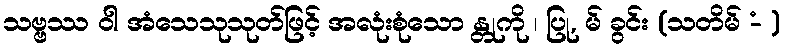
သဗ္ဗဿ ဝါ အံသေသုသုတ်ဖြင့် အလုံးစုံသော န္တုကို ၊ ပြု, မ် ခွင်း (သတိမ် -ံ )